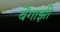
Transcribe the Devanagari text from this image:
बेंगाझी